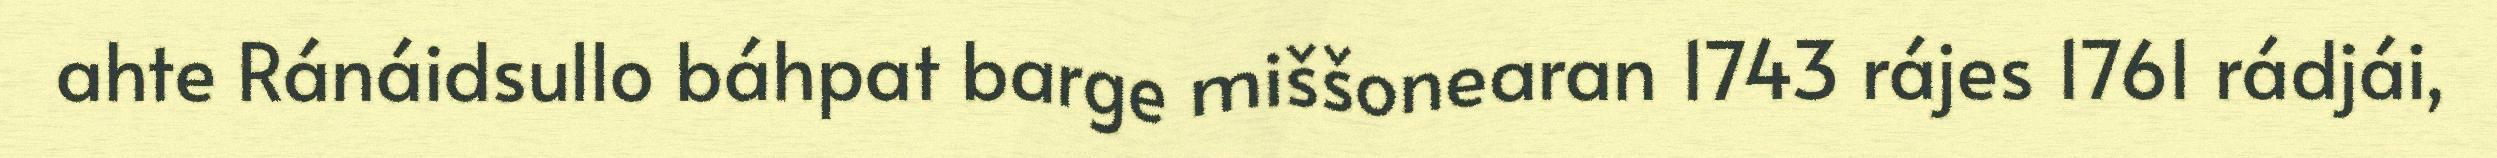
ahte Ránáidsullo báhpat barge miššonearan 1743 rájes 1761 rádjái,